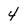
Character: 4